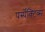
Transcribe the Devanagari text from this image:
पर्स्पेक्टिव्स